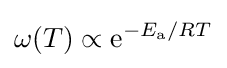
\omega (T)\propto \mathrm {e} ^{-E_{\rm {a}}/RT}